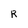
Character: R